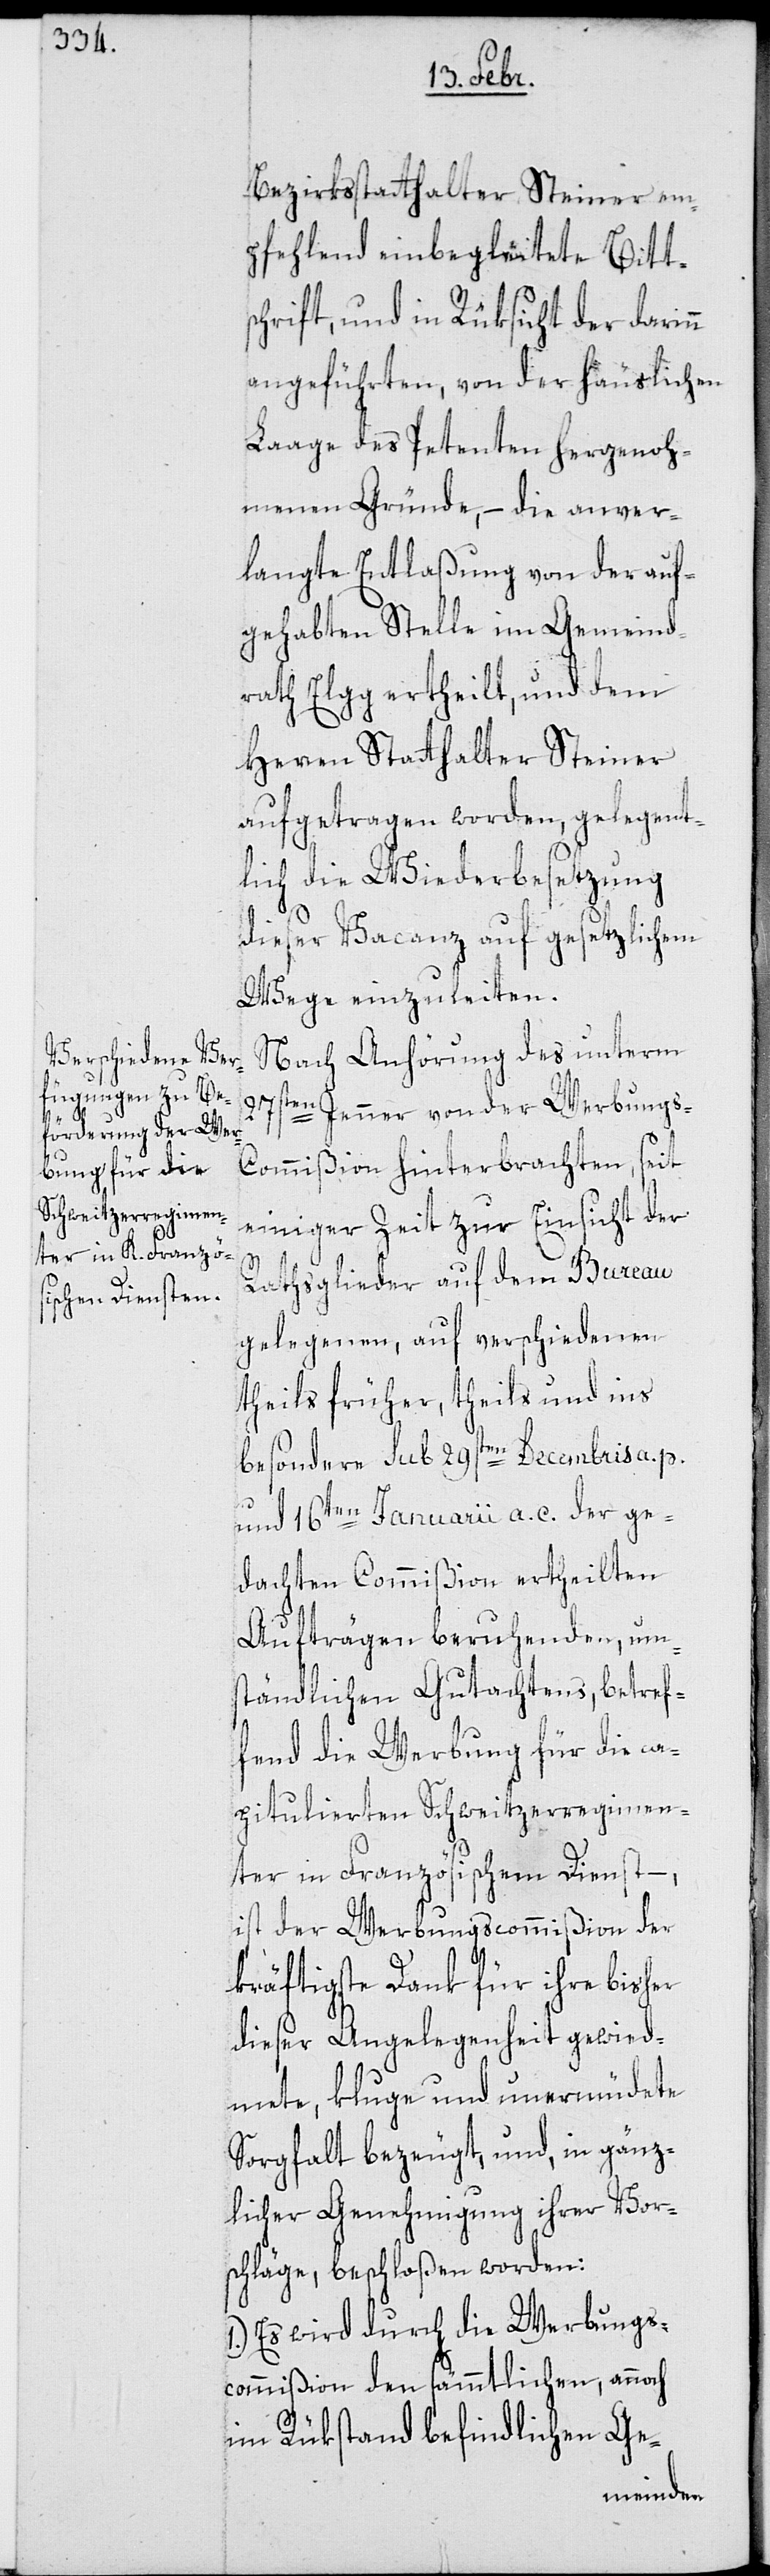
Bezirksstatthalter Steiner em¬
pfehlend einbegleitete Bitts¬
chrift, und in Rüksicht der darin¬
angeführten, von der häuslichen
Laage des Petenten hergenoh¬
menen Gründe, – die anver¬
langte Entlaßung von der auf¬
gehabten Stelle im Gemeind¬
rath Elgg ertheilt, und dem
Herren Statthalter Steiner
aufgetragen worden, gelegent¬
lich die Wiederbesetzung
dieser Vacanz auf gesetzlichem
Wege einzuleiten.
Nach Anhörung des unterm
27sten Jenner von der Werbungs-C¬
ommißion hinterbrachten, seit
einiger Zeit zur Einsicht der
n
Rathsglieder auf dem Bureau
gelegenen, auf verschiedenen
theils früher, theils und ins
besondere sub 29sten Decembris a. p.
und 16ten Januarii a. c. der ge¬
dachten Commißion ertheilten
Aufträgen beruhenden, um¬
ständlichen Gutachtens, betref¬
fend die Werbung für die ca¬
pitulierten Schweitzerregimen¬
ter in Französischem Dienst,
ist der Werbungscommißion der
kräftigste Dank für ihre bisher
dieser Angelegenheit gewid¬
mete, kluge und unermüdete
Sorgfalt bezeugt, und, in gänz¬
licher Genehmigung ihrer Vor¬
schläge, beschloßen worden:
1.) Es wird durch die Werbungs¬
commißion den sämmtlichen, annoch
im Rükstand befindlichen Ge-